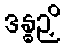
ဒန္ဓဉှိ